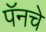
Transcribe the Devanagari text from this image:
पॅनचे